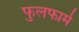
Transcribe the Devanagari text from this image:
फुलफार्म